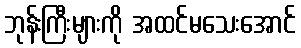
ဘုန်းကြီးများကို အထင်မသေးအောင်